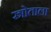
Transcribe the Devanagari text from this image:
स्त्रोताला